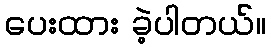
ပေးထား ခဲ့ပါတယ်။